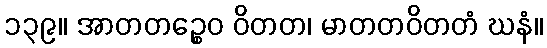
၁၃၉။ အာတတဉ္စေဝ ဝိတတ၊ မာတတဝိတတံ ဃနံ။